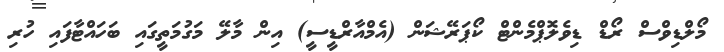
މޯލްޑިވްސް ރޯޑް ޑިވެލޮޕްމެންޓް ކޯޕަރޭޝަން (އެމްއާރްޑީސީ) އިން މާލޭ މަގުމަތީގައި ބަހައްޓާފައި ހުރި